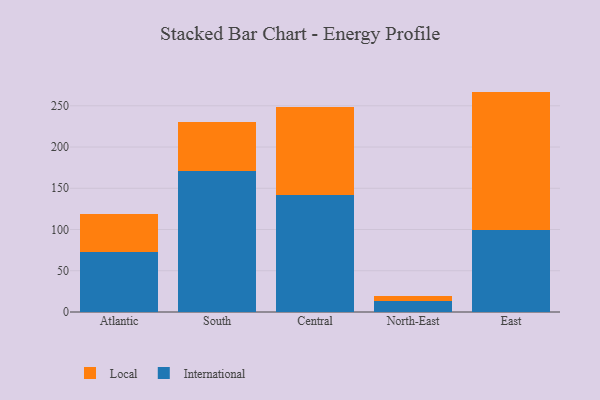
{"axis": {"x": "Region", "y": "Inventory Turnover"}, "legend": ["International", "Local"], "data": [{"x": "Atlantic", "y": 72.3, "type": "International"}, {"x": "Atlantic", "y": 47.0, "type": "Local"}, {"x": "South", "y": 170.7, "type": "International"}, {"x": "South", "y": 59.1, "type": "Local"}, {"x": "Central", "y": 141.4, "type": "International"}, {"x": "Central", "y": 107.5, "type": "Local"}, {"x": "North-East", "y": 13.6, "type": "International"}, {"x": "North-East", "y": 5.8, "type": "Local"}, {"x": "East", "y": 99.3, "type": "International"}, {"x": "East", "y": 167.9, "type": "Local"}]}